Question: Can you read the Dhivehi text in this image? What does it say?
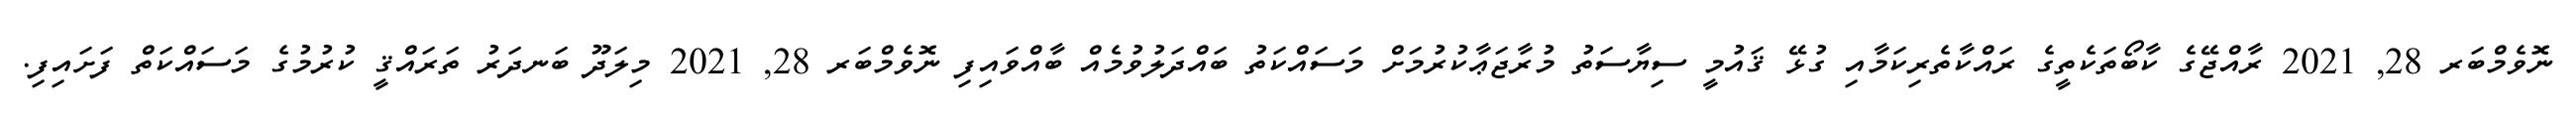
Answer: ނޮވެމްބަރ 28, 2021 ރާއްޖޭގެ ކާބޯތަކެތީގެ ރައްކާތެރިކަމާއި ގުޅޭ ޤައުމީ ސިޔާސަތު މުރާޖަޢާކުރުމަށް މަސައްކަތު ބައްދަލުވުމެއް ބާއްވައިފި ނޮވެމްބަރ 28, 2021 މިލަދޫ ބަނދަރު ތަރައްޤީ ކުރުމުގެ މަސައްކަތް ފަށައިފި.